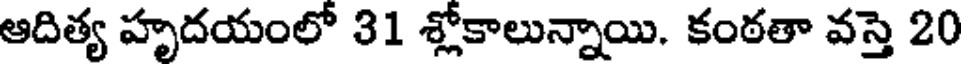
ఆదిత్య హృదయంలో 31 శ్లోకాలున్నాయి. కంఠతా వస్తె 20